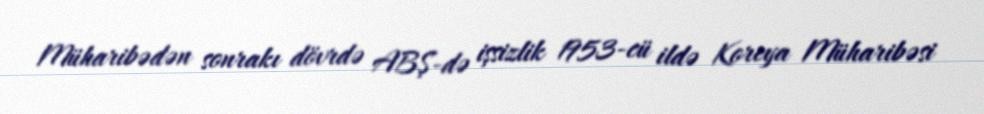
Müharibədən sonrakı dövrdə ABŞ-də işsizlik 1953-cü ildə Koreya Müharibəsi